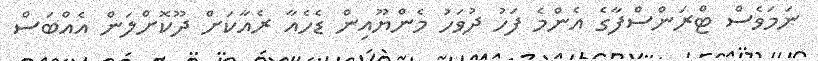
ނަމަވެސް ޓްރަންސްފާގެ އެންމެ ފަހު ދުވަހު މެންޔޫއިން ޑެހެއާ ރެއާކަށް ދޫކޮށްލަން އެއްބަސް